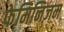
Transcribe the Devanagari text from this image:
फ़ेमिनिज़म